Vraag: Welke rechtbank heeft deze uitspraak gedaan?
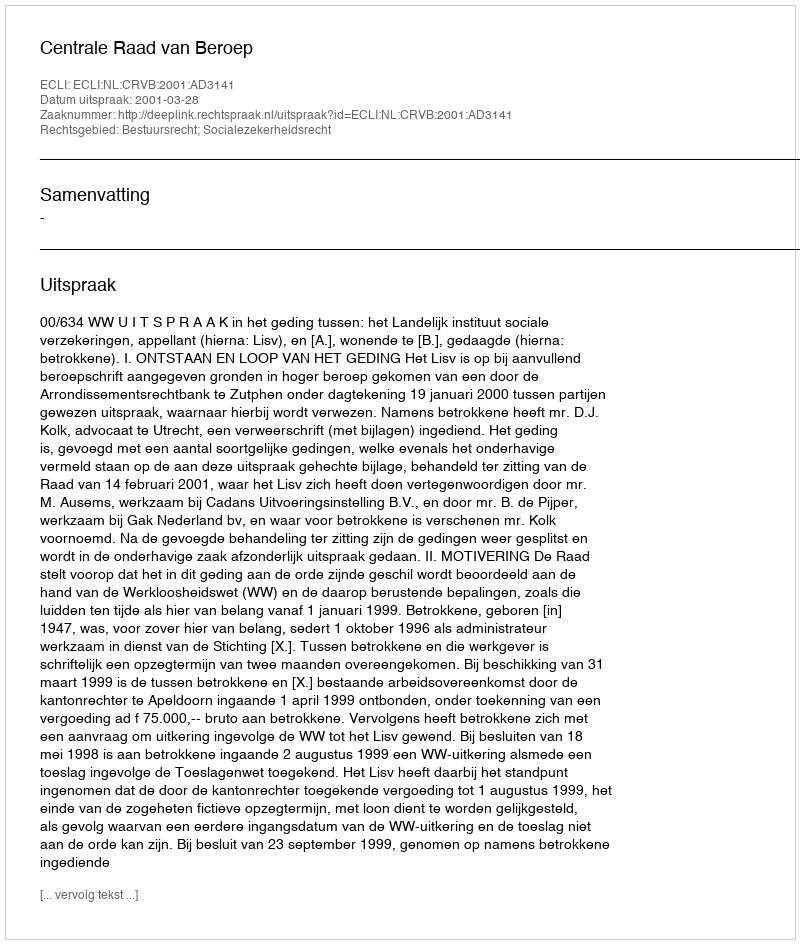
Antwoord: Centrale Raad van Beroep